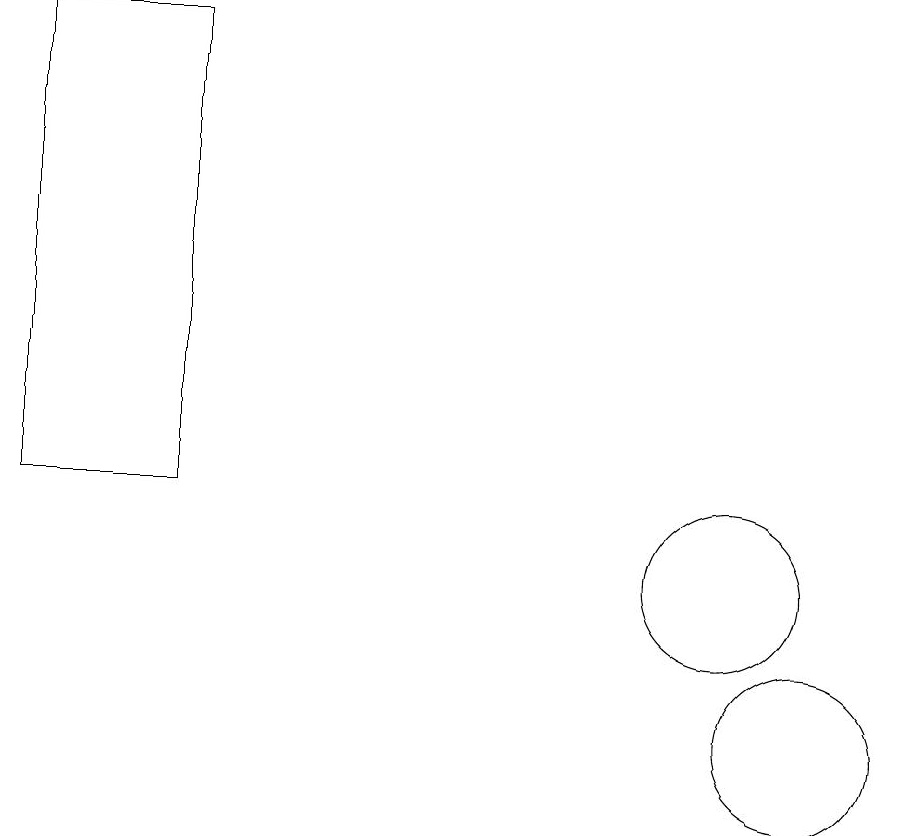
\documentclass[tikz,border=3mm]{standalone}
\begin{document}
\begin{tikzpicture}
\draw (11,10) circle (1);
\draw (3,19) rectangle (1,13);
\draw (10,12) circle (1);
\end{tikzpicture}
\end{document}